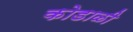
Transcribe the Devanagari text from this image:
कोडाळी